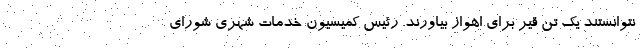
نتوانستند یک تن قیر برای اهواز بیاورند. رئیس کمیسیون خدمات شهری شورای